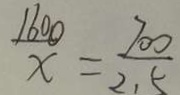
\frac { 1 6 0 0 } { x } = \frac { 7 0 0 } { 2 . 5 }